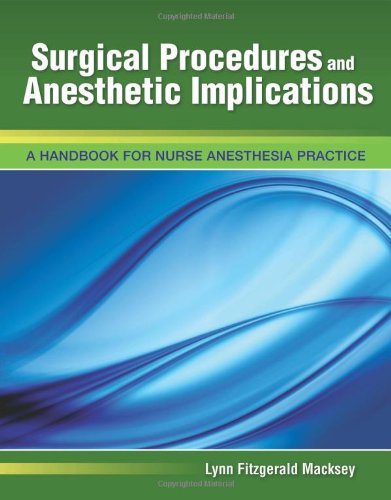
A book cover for Surgical Procedures And Anesthetic Implications: A Handbook for Nurse Anesthesia Practice; Lynn Fitzgerald Macksey; Medical Books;